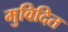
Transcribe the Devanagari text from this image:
मुविदित